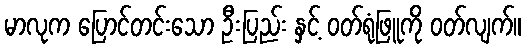
မာလုက ပြောင်တင်းသော ဦးပြည်း နှင့် ဝတ်ရုံဖြူကို ဝတ်လျက်။